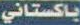
باكستاني